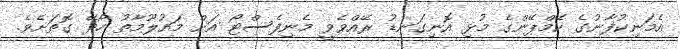
އެމަނިކުފާނުގެ ކެމްޕޭންގެ މުޅި އޮނިގަނޑު ރޭއްވެވީ މެނިފެސްޓޯ އަށް މައުލޫމާތު ހޯދޭ ގޮތަށެވެ.